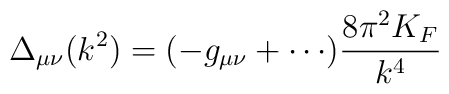
\Delta_{\mu\nu}(k^2)=(-g_{\mu\nu}+\cdots)\frac{ 8\pi^2K_F}{k^4}